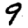
Digit: 9